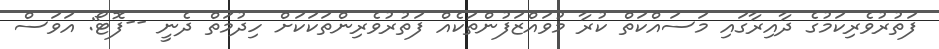
ފަތުރުވެރިކަމުގެ ދާއިރާގައި މަސައްކަތް ކުރާ މުވައްޒަފުންތަކެއް ފަތުރުވެރިންތަކަކަށް ހިދުމަތް ދެނީ --ފޮޓޯ: އަވަސް